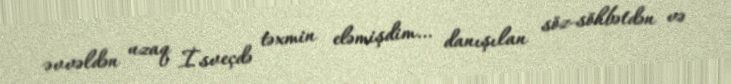
əvvəldən uzaq İsveçdə təxmin eləmişdim… danışılan söz-söhbətdən və